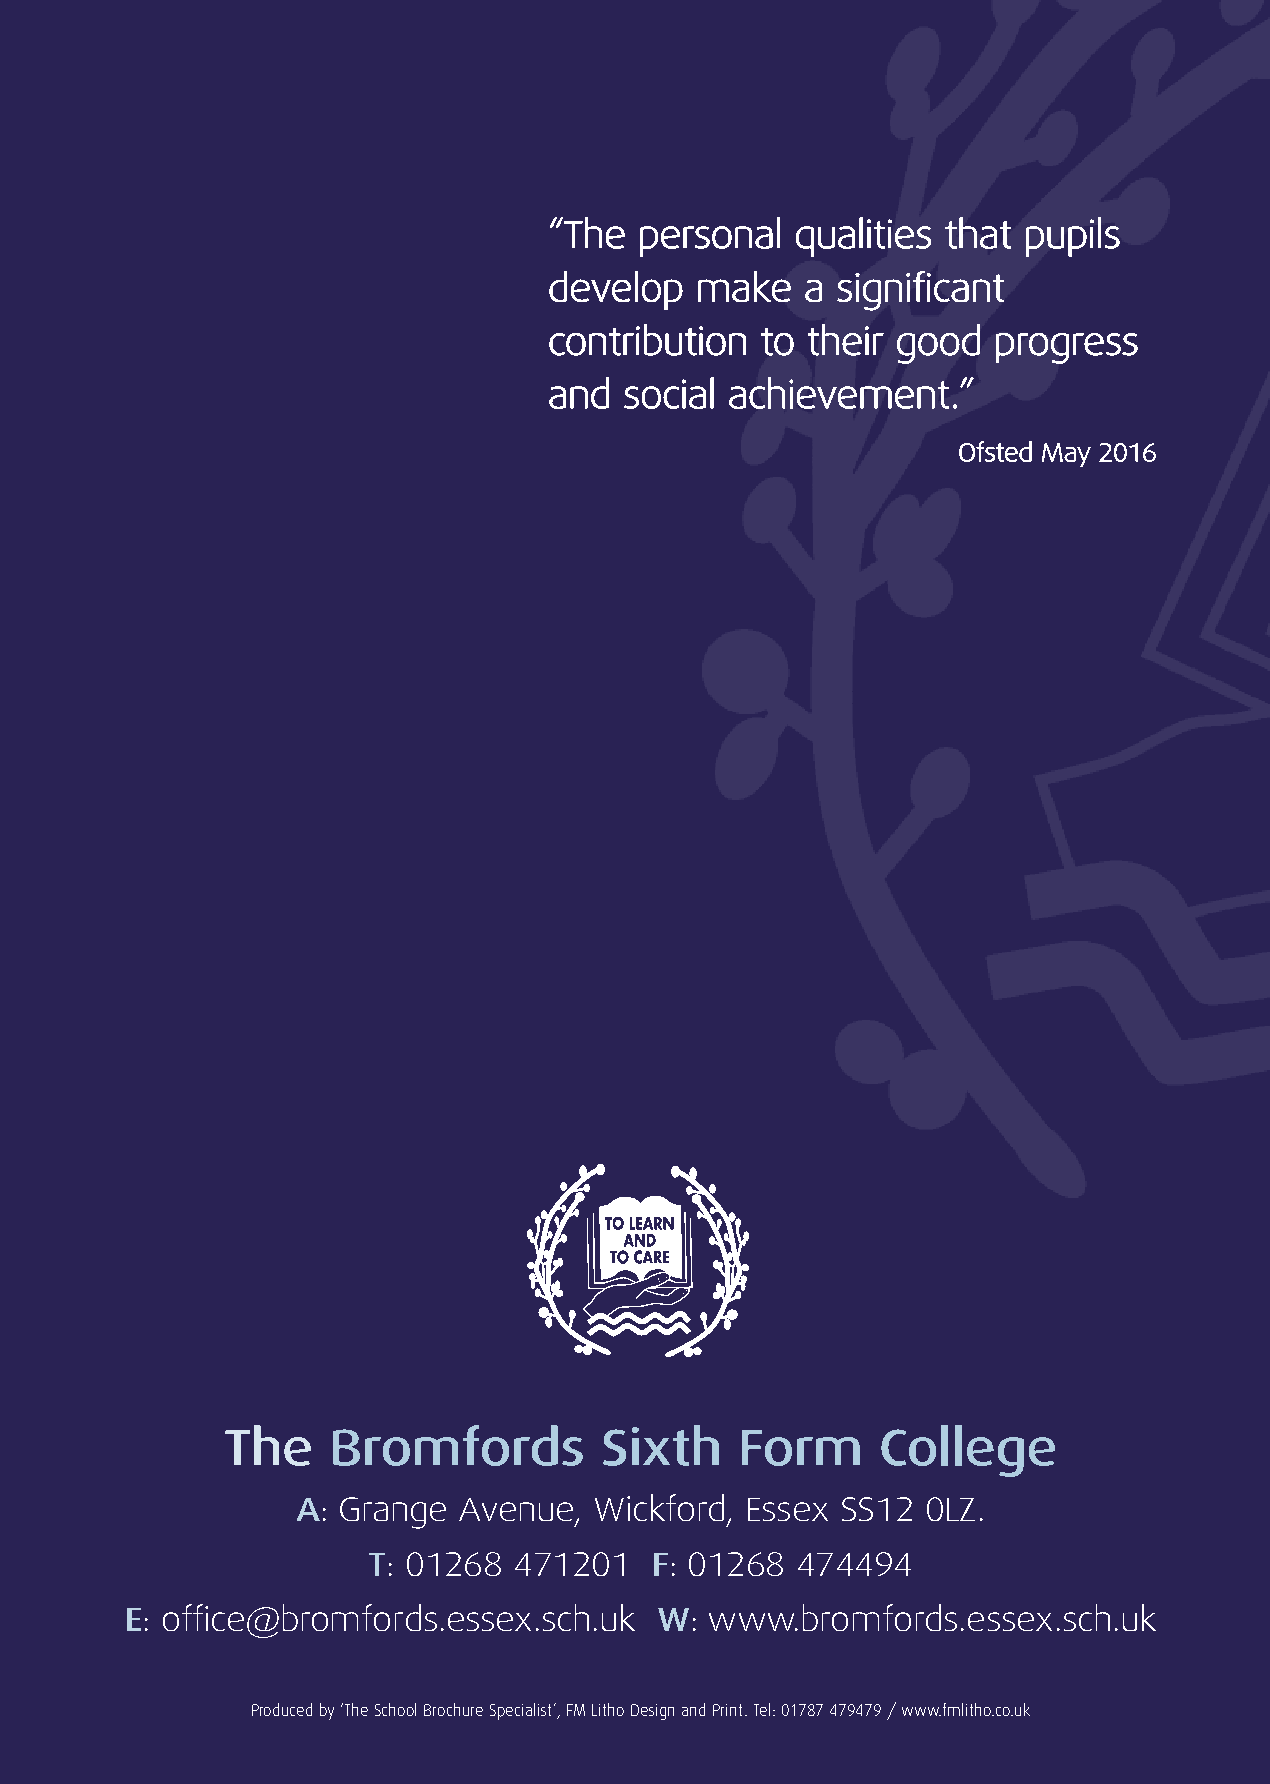
“The  personal   qualities that pupils
 develop   make   a significant
 contribution  to their good   progress
 and  social achievement.”
 Ofsted May 2016
 “Students are supported robustly in their learning (with
 early identification and intervention in place)
 and are highly effectively
 supported in the areas
 of attendance and
 completion of work.”
 Post-16 External Review May 2017
 The    Bromfords         Sixth    Form     College
 A: Grange Avenue,  Wickford, Essex  SS12 0LZ.
 T: 01268  471201   F: 01268  474494
 E: office@bromfords.essex.sch.uk   W:  www.bromfords.essex.sch.uk
 Produced by ‘The School Brochure Specialist’, FM Litho Design and Print. Tel: 01787 479479 / www.fmlitho.co.uk
 tnedutS mroF htxiS
 ”.meht  tuohtiw   ytisrevinu
 eht  otni tog evah   t’ndluoc I .tnemyolpme     ro ytisrevinu
 ot ylppa  uoy  gnipleh  ro smaxe   ruoy  hguorht   uoy  gnitteg
 s’ti rehtehw   ,yaw  eht fo pets  yreve  uoy  pleh ot  ereht maeT
 pihsredaeL   roineS  gnorts a  dna  ffats gnihcaet  tnellecxe  htiw
 yduts  ot ecalp  yldneirf dna  evitroppus  yrev  a si sdrofmorB“